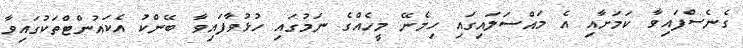
ގެނެސްފައިވާ ކަމަށާއި އެ މައްސަލައިގައި ހިމެނޭ މީހެއްގެ ނަމުގައި ހުޅުވާފައިވާ ބޭންކު އެކައުންޓްތަކުގައިވާ